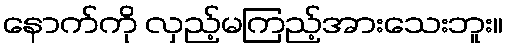
နောက်ကို လှည့်မကြည့်အားသေးဘူး။